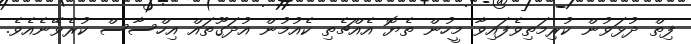
ފިތް ދުޅަވުން ކުރިމަތިވެފައިވާ މީހުން ތެޔޮ އެއްޗެތި ކެއުމުން އުދަގޫތައް އިހްސާސް ކުރެވޭނެއެވެ.